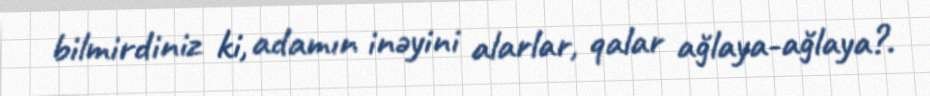
bilmirdiniz ki, adamın inəyini alarlar, qalar ağlaya-ağlaya?.